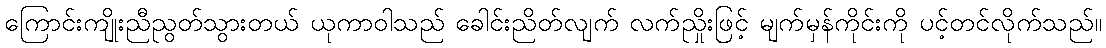
ကြောင်းကျိုးညီညွတ်သွားတယ် ယုကာဝါသည် ခေါင်းညိတ်လျက် လက်ညှိုးဖြင့် မျက်မှန်ကိုင်းကို ပင့်တင်လိုက်သည်။